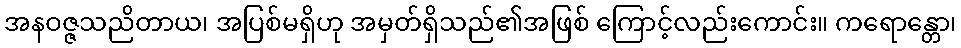
အနဝဇ္ဇသညိတာယ၊ အပြစ်မရှိဟု အမှတ်ရှိသည်၏အဖြစ် ကြောင့်လည်းကောင်း။ ကရောန္တော၊